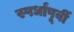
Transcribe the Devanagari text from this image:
स्पर्धांपूर्वी